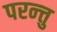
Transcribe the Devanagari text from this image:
परन्त्तु